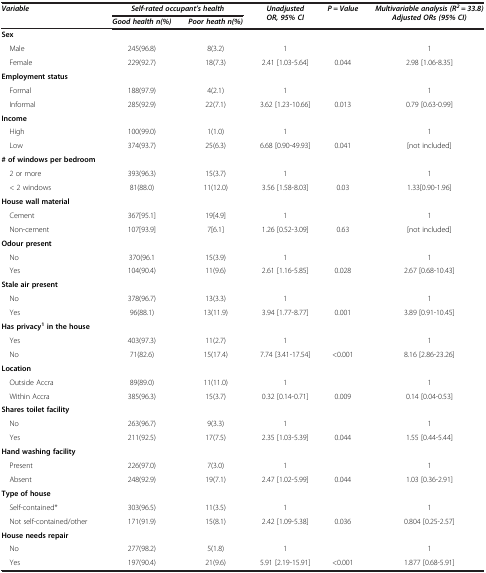
<table><thead><tr><td rowspan="2"><b><i>Variable</i></b></td><td colspan="2"><b><i>Self-rated occupant’s health</i></b></td><td rowspan="2"><b><i>Unadjusted OR, 95% CI</i></b></td><td rowspan="2"><b><i>P = Value</i></b></td><td rowspan="2"><b><i>Multivariable analysis (R</i><sup><i>2</i></sup><i>= 33.8) Adjusted ORs (95% CI)</i></b></td></tr><tr><td><b><i>Good health n(%)</i></b></td><td><b><i>Poor heath n(%)</i></b></td></tr></thead><tbody><tr><td><b>Sex</b></td><td> </td><td> </td><td> </td><td> </td><td> </td></tr><tr><td>Male</td><td>245(96.8)</td><td>8(3.2)</td><td>1</td><td> </td><td>1</td></tr><tr><td>Female</td><td>229(92.7)</td><td>18(7.3)</td><td>2.41 [1.03-5.64]</td><td>0.044</td><td>2.98 [1.06-8.35]</td></tr><tr><td><b>Employment status</b></td><td> </td><td> </td><td> </td><td> </td><td> </td></tr><tr><td>Formal</td><td>188(97.9)</td><td>4(2.1)</td><td>1</td><td> </td><td>1</td></tr><tr><td>Informal</td><td>285(92.9)</td><td>22(7.1)</td><td>3.62 [1.23-10.66]</td><td>0.013</td><td>0.79 [0.63-0.99]</td></tr><tr><td><b>Income</b></td><td> </td><td> </td><td> </td><td> </td><td> </td></tr><tr><td>High</td><td>100(99.0)</td><td>1(1.0)</td><td>1</td><td> </td><td>1</td></tr><tr><td>Low</td><td>374(93.7)</td><td>25(6.3)</td><td>6.68 [0.90-49.93]</td><td>0.041</td><td>[not included]</td></tr><tr><td><b># of windows per bedroom</b></td><td> </td><td> </td><td> </td><td> </td><td> </td></tr><tr><td>2 or more</td><td>393(96.3)</td><td>15(3.7)</td><td>1</td><td> </td><td>1</td></tr><tr><td>&lt; 2 windows</td><td>81(88.0)</td><td>11(12.0)</td><td>3.56 [1.58-8.03]</td><td>0.03</td><td>1.33[0.90-1.96]</td></tr><tr><td><b>House wall material</b></td><td> </td><td> </td><td> </td><td> </td><td> </td></tr><tr><td>Cement</td><td>367[95.1]</td><td>19[4.9]</td><td>1</td><td> </td><td>1</td></tr><tr><td>Non-cement</td><td>107[93.9]</td><td>7[6.1]</td><td>1.26 [0.52-3.09]</td><td>0.63</td><td>[not included]</td></tr><tr><td><b>Odour present</b></td><td> </td><td> </td><td> </td><td> </td><td> </td></tr><tr><td>No</td><td>370(96.1</td><td>15(3.9)</td><td>1</td><td> </td><td>1</td></tr><tr><td>Yes</td><td>104(90.4)</td><td>11(9.6)</td><td>2.61 [1.16-5.85]</td><td>0.028</td><td>2.67 [0.68-10.43]</td></tr><tr><td><b>Stale air present</b></td><td> </td><td> </td><td> </td><td> </td><td> </td></tr><tr><td>No</td><td>378(96.7)</td><td>13(3.3)</td><td>1</td><td> </td><td>1</td></tr><tr><td>Yes</td><td>96(88.1)</td><td>13(11.9)</td><td>3.94 [1.77-8.77]</td><td>0.001</td><td>3.89 [0.91-10.45]</td></tr><tr><td><b>Has privacy</b><sup><b>1 </b></sup><b>in the house</b></td><td> </td><td> </td><td> </td><td> </td><td> </td></tr><tr><td>Yes</td><td>403(97.3)</td><td>11(2.7)</td><td>1</td><td> </td><td>1</td></tr><tr><td>No</td><td>71(82.6)</td><td>15(17.4)</td><td>7.74 [3.41-17.54]</td><td>&lt;0.001</td><td>8.16 [2.86-23.26]</td></tr><tr><td><b>Location</b></td><td> </td><td> </td><td> </td><td> </td><td> </td></tr><tr><td>Outside Accra</td><td>89(89.0)</td><td>11(11.0)</td><td>1</td><td> </td><td>1</td></tr><tr><td>Within Accra</td><td>385(96.3)</td><td>15(3.7)</td><td>0.32 [0.14-0.71]</td><td>0.009</td><td>0.14 [0.04-0.53]</td></tr><tr><td><b>Shares toilet facility</b></td><td> </td><td> </td><td> </td><td> </td><td> </td></tr><tr><td>No</td><td>263(96.7)</td><td>9(3.3)</td><td>1</td><td> </td><td>1</td></tr><tr><td>Yes</td><td>211(92.5)</td><td>17(7.5)</td><td>2.35 [1.03-5.39]</td><td>0.044</td><td>1.55 [0.44-5.44]</td></tr><tr><td><b>Hand washing facility</b></td><td> </td><td> </td><td> </td><td> </td><td> </td></tr><tr><td>Present</td><td>226(97.0)</td><td>7(3.0)</td><td>1</td><td> </td><td>1</td></tr><tr><td>Absent</td><td>248(92.9)</td><td>19(7.1)</td><td>2.47 [1.02-5.99]</td><td>0.044</td><td>1.03 [0.36-2.91]</td></tr><tr><td><b>Type of house</b></td><td> </td><td> </td><td> </td><td> </td><td> </td></tr><tr><td>Self-contained*</td><td>303(96.5)</td><td>11(3.5)</td><td>1</td><td> </td><td>1</td></tr><tr><td>Not self-contained/other</td><td>171(91.9)</td><td>15(8.1)</td><td>2.42 [1.09-5.38]</td><td>0.036</td><td>0.804 [0.25-2.57]</td></tr><tr><td><b>House needs repair</b></td><td> </td><td> </td><td> </td><td> </td><td> </td></tr><tr><td>No</td><td>277(98.2)</td><td>5(1.8)</td><td>1</td><td> </td><td>1</td></tr><tr><td>Yes</td><td>197(90.4)</td><td>21(9.6)</td><td>5.91 [2.19-15.91]</td><td>&lt;0.001</td><td>1.877 [0.68-5.91]</td></tr></tbody></table>